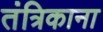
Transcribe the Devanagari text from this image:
तंत्रिकाना